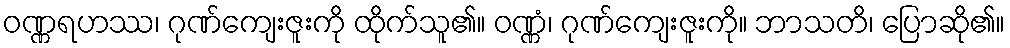
ဝဏ္ဏရဟဿ၊ ဂုဏ်ကျေးဇူးကို ထိုက်သူ၏။ ဝဏ္ဏံ၊ ဂုဏ်ကျေးဇူးကို။ ဘာသတိ၊ ပြောဆို၏။